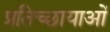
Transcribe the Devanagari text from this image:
प्रतिच्छायाओं